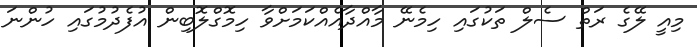
މިއީ ލޭގެ ރަތް ސެލް ތަކުގައި ހިމެނޭ މާއްދާއެއްކަމަށްވާ ހިމޮގްލޮބިން އުފެދުމުގައި ހުންނަ